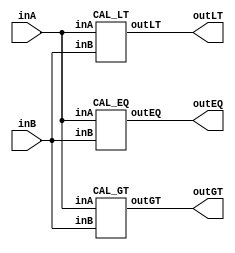
/* CSED273 lab2 experiment 1 */
/* lab2_1.v */

/* Unsimplifed equation
 * You are allowed to use keword "assign" and operator "&","|","~",
 * or just implement with gate-level-modeling (and, or, not) */
module lab2_1(
    output wire outGT, outEQ, outLT,
    input wire [1:0] inA,
    input wire [1:0] inB
    );

    CAL_GT cal_gt(outGT, inA, inB);
    CAL_EQ cal_eq(outEQ, inA, inB);
    CAL_LT cal_lt(outLT, inA, inB);
    
endmodule

/* Implement output about "A>B" */
module CAL_GT(
    output wire outGT,
    input wire [1:0] inA,
    input wire [1:0] inB
    );

    ////////////////////////
    wire temp1, temp2, temp3, temp4, temp5, temp6;
    and(temp1, ~inA[1], inA[0], ~inB[1], ~inB[0]);
    and(temp2, inA[1], ~inA[0], ~inB[1], ~inB[0]);
    and(temp3, inA[1], ~inA[0], ~inB[1], inB[0]);
    and(temp4, inA[1], inA[0], ~inB[1], ~inB[0]);
    and(temp5, inA[1], inA[0], ~inB[1], inB[0]);
    and(temp6, inA[1], inA[0], inB[1], ~inB[0]);
    or(outGT, temp1, temp2, temp3, temp4, temp5, temp6);
    
    ////////////////////////

endmodule

/* Implement output about "A=B" */
module CAL_EQ(
    output wire outEQ,
    input wire [1:0] inA, 
    input wire [1:0] inB
    );

    ////////////////////////
    wire temp1, temp2, temp3, temp4;
    and(temp1, ~inA[1], ~inA[0], ~inB[1], ~inB[0]);
    and(temp2, ~inA[1], inA[0], ~inB[1], inB[0]);
    and(temp3, inA[1], ~inA[0], inB[1], ~inB[0]);
    and(temp4, inA[1], inA[0], inB[1], inB[0]);
    or(outEQ, temp1, temp2, temp3, temp4);
    ////////////////////////

endmodule

/* Implement output about "A<B" */
module CAL_LT(
    output wire outLT,
    input wire [1:0] inA, 
    input wire [1:0] inB
    );

    ////////////////////////
    wire temp1, temp2, temp3, temp4, temp5, temp6;
    and(temp1, ~inA[1], ~inA[0], ~inB[1], inB[0]);
    and(temp2, ~inA[1], ~inA[0], inB[1], ~inB[0]);
    and(temp3, ~inA[1], ~inA[0], inB[1], inB[0]);
    and(temp4, ~inA[1], inA[0], inB[1], ~inB[0]);
    and(temp5, ~inA[1], inA[0], inB[1], inB[0]);
    and(temp6, inA[1], ~inA[0], inB[1], inB[0]);
    or(outLT, temp1, temp2, temp3, temp4, temp5, temp6);
    ////////////////////////

endmodule